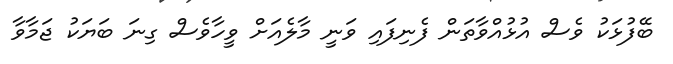
ބޭފުޅަކު ވެސް އުޅުއްވާތަން ފެނިފައި ވަނީ މާލެއަށް ވީހާވެސް ގިނަ ބަޔަކު ޖަމާވާ